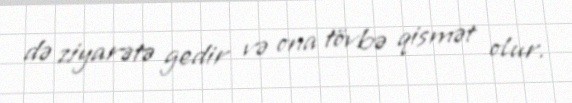
də ziyarətə gedir və ona tövbə qismət olur.